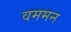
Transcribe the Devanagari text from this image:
वममन